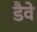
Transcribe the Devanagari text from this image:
डैवे